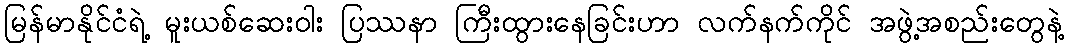
မြန်မာနိုင်ငံရဲ့ မူးယစ်ဆေးဝါး ပြဿနာ ကြီးထွားနေခြင်းဟာ လက်နက်ကိုင် အဖွဲ့အစည်းတွေနဲ့